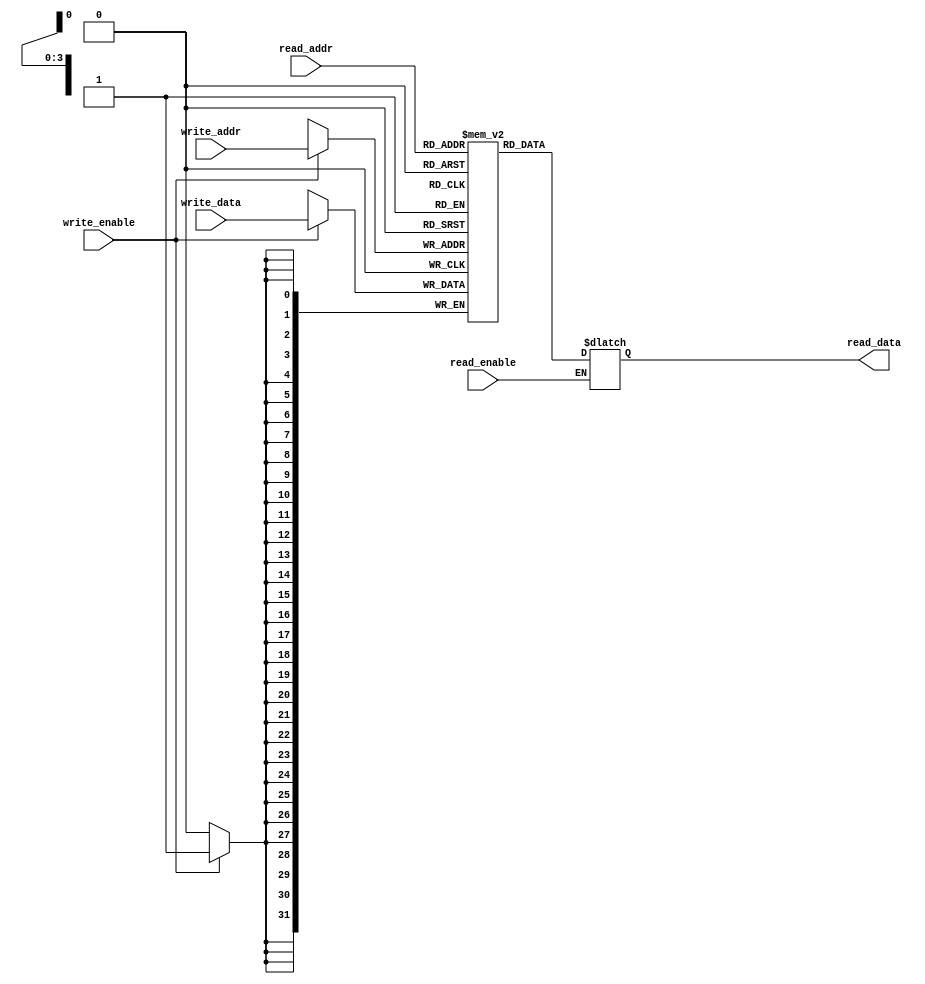
module RegisterFile (
    input wire [3:0] read_addr,
    input wire [3:0] write_addr,
    input wire read_enable,
    input wire write_enable,
    input wire [31:0] write_data,
    output reg [31:0] read_data
);

reg [31:0] memory [0:15]; // Setting up 16 memory blocks each storing 32-bit registers

always @ (posedge clk) begin
    if (write_enable) begin
        memory[write_addr] <= write_data;
    end
end

always @ (*) begin
    if (read_enable) begin
        read_data <= memory[read_addr];
    end
end

endmodule